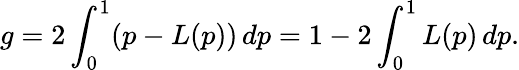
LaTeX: g=2\int_{0}^{1}(p-L(p))\, dp=1-2\int_{0}^{1}L(p)\, dp.